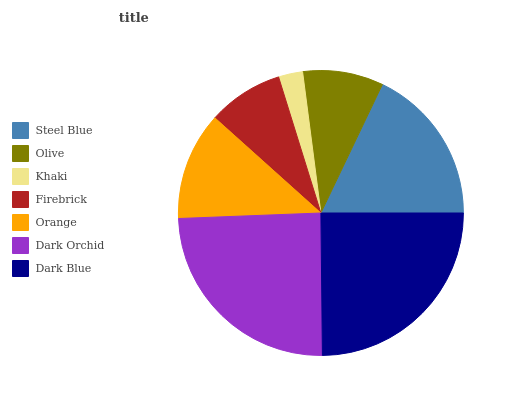
| Steel Blue | Olive | Khaki | Firebrick | Orange | Dark Orchid | Dark Blue |
 | --- | --- | --- | --- | --- | --- | --- |
 | 17.8% | 9.16% | 2.76% | 8.57% | 12.3% | 24.5% | 24.9% |